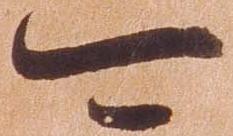
可